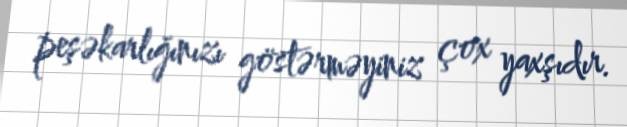
peşəkarlığınızı göstərməyiniz çox yaxşıdır.